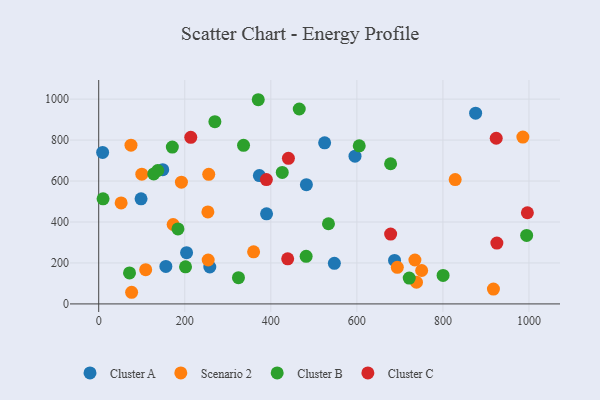
{"axis": {"x": "Ad Spend", "y": "Exam Score"}, "legend": ["Cluster A", "Cluster B", "Cluster C", "Scenario 2"], "data": [{"x": "390.1", "y": 440.1, "type": "Cluster A"}, {"x": "98.4", "y": 513.3, "type": "Cluster A"}, {"x": "687.6", "y": 212.3, "type": "Cluster A"}, {"x": "373.4", "y": 626.8, "type": "Cluster A"}, {"x": "204.2", "y": 250.4, "type": "Cluster A"}, {"x": "156.1", "y": 183.0, "type": "Cluster A"}, {"x": "258.2", "y": 180.2, "type": "Cluster A"}, {"x": "9.1", "y": 739.6, "type": "Cluster A"}, {"x": "547.7", "y": 198.1, "type": "Cluster A"}, {"x": "525.1", "y": 786.4, "type": "Cluster A"}, {"x": "482.7", "y": 582.4, "type": "Cluster A"}, {"x": "148.8", "y": 655.4, "type": "Cluster A"}, {"x": "876.0", "y": 931.5, "type": "Cluster A"}, {"x": "595.7", "y": 721.6, "type": "Cluster A"}, {"x": "985.8", "y": 814.8, "type": "Scenario 2"}, {"x": "360.0", "y": 254.5, "type": "Scenario 2"}, {"x": "253.7", "y": 449.3, "type": "Scenario 2"}, {"x": "52.1", "y": 493.1, "type": "Scenario 2"}, {"x": "109.2", "y": 167.1, "type": "Scenario 2"}, {"x": "738.6", "y": 105.7, "type": "Scenario 2"}, {"x": "76.5", "y": 56.8, "type": "Scenario 2"}, {"x": "75.0", "y": 775.3, "type": "Scenario 2"}, {"x": "100.2", "y": 633.4, "type": "Scenario 2"}, {"x": "828.5", "y": 607.2, "type": "Scenario 2"}, {"x": "254.4", "y": 214.4, "type": "Scenario 2"}, {"x": "255.7", "y": 632.7, "type": "Scenario 2"}, {"x": "734.9", "y": 214.3, "type": "Scenario 2"}, {"x": "173.0", "y": 387.7, "type": "Scenario 2"}, {"x": "694.0", "y": 178.7, "type": "Scenario 2"}, {"x": "917.4", "y": 72.3, "type": "Scenario 2"}, {"x": "750.6", "y": 163.2, "type": "Scenario 2"}, {"x": "192.2", "y": 594.3, "type": "Scenario 2"}, {"x": "678.4", "y": 684.3, "type": "Cluster B"}, {"x": "336.6", "y": 774.2, "type": "Cluster B"}, {"x": "370.8", "y": 997.0, "type": "Cluster B"}, {"x": "605.5", "y": 772.1, "type": "Cluster B"}, {"x": "994.6", "y": 334.4, "type": "Cluster B"}, {"x": "171.1", "y": 765.6, "type": "Cluster B"}, {"x": "534.0", "y": 391.3, "type": "Cluster B"}, {"x": "466.1", "y": 951.7, "type": "Cluster B"}, {"x": "482.1", "y": 232.5, "type": "Cluster B"}, {"x": "426.6", "y": 642.2, "type": "Cluster B"}, {"x": "324.8", "y": 128.1, "type": "Cluster B"}, {"x": "270.0", "y": 889.9, "type": "Cluster B"}, {"x": "127.9", "y": 634.5, "type": "Cluster B"}, {"x": "201.8", "y": 181.2, "type": "Cluster B"}, {"x": "137.2", "y": 651.4, "type": "Cluster B"}, {"x": "721.7", "y": 126.1, "type": "Cluster B"}, {"x": "184.2", "y": 366.0, "type": "Cluster B"}, {"x": "10.1", "y": 513.1, "type": "Cluster B"}, {"x": "800.4", "y": 138.9, "type": "Cluster B"}, {"x": "71.6", "y": 151.1, "type": "Cluster B"}, {"x": "923.9", "y": 808.8, "type": "Cluster C"}, {"x": "996.3", "y": 445.1, "type": "Cluster C"}, {"x": "389.7", "y": 607.1, "type": "Cluster C"}, {"x": "925.4", "y": 297.0, "type": "Cluster C"}, {"x": "214.0", "y": 813.2, "type": "Cluster C"}, {"x": "440.9", "y": 711.0, "type": "Cluster C"}, {"x": "678.5", "y": 340.9, "type": "Cluster C"}, {"x": "439.2", "y": 220.3, "type": "Cluster C"}]}